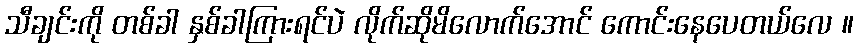
သီချင်းကို တစ်ခါ နှစ်ခါကြားရင်ပဲ လိုက်ဆိုမိလောက်အောင် ကောင်းနေပေတယ်လေ ။